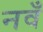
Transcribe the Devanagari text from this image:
नवँ